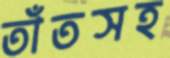
তাঁতসহ